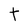
Character: t